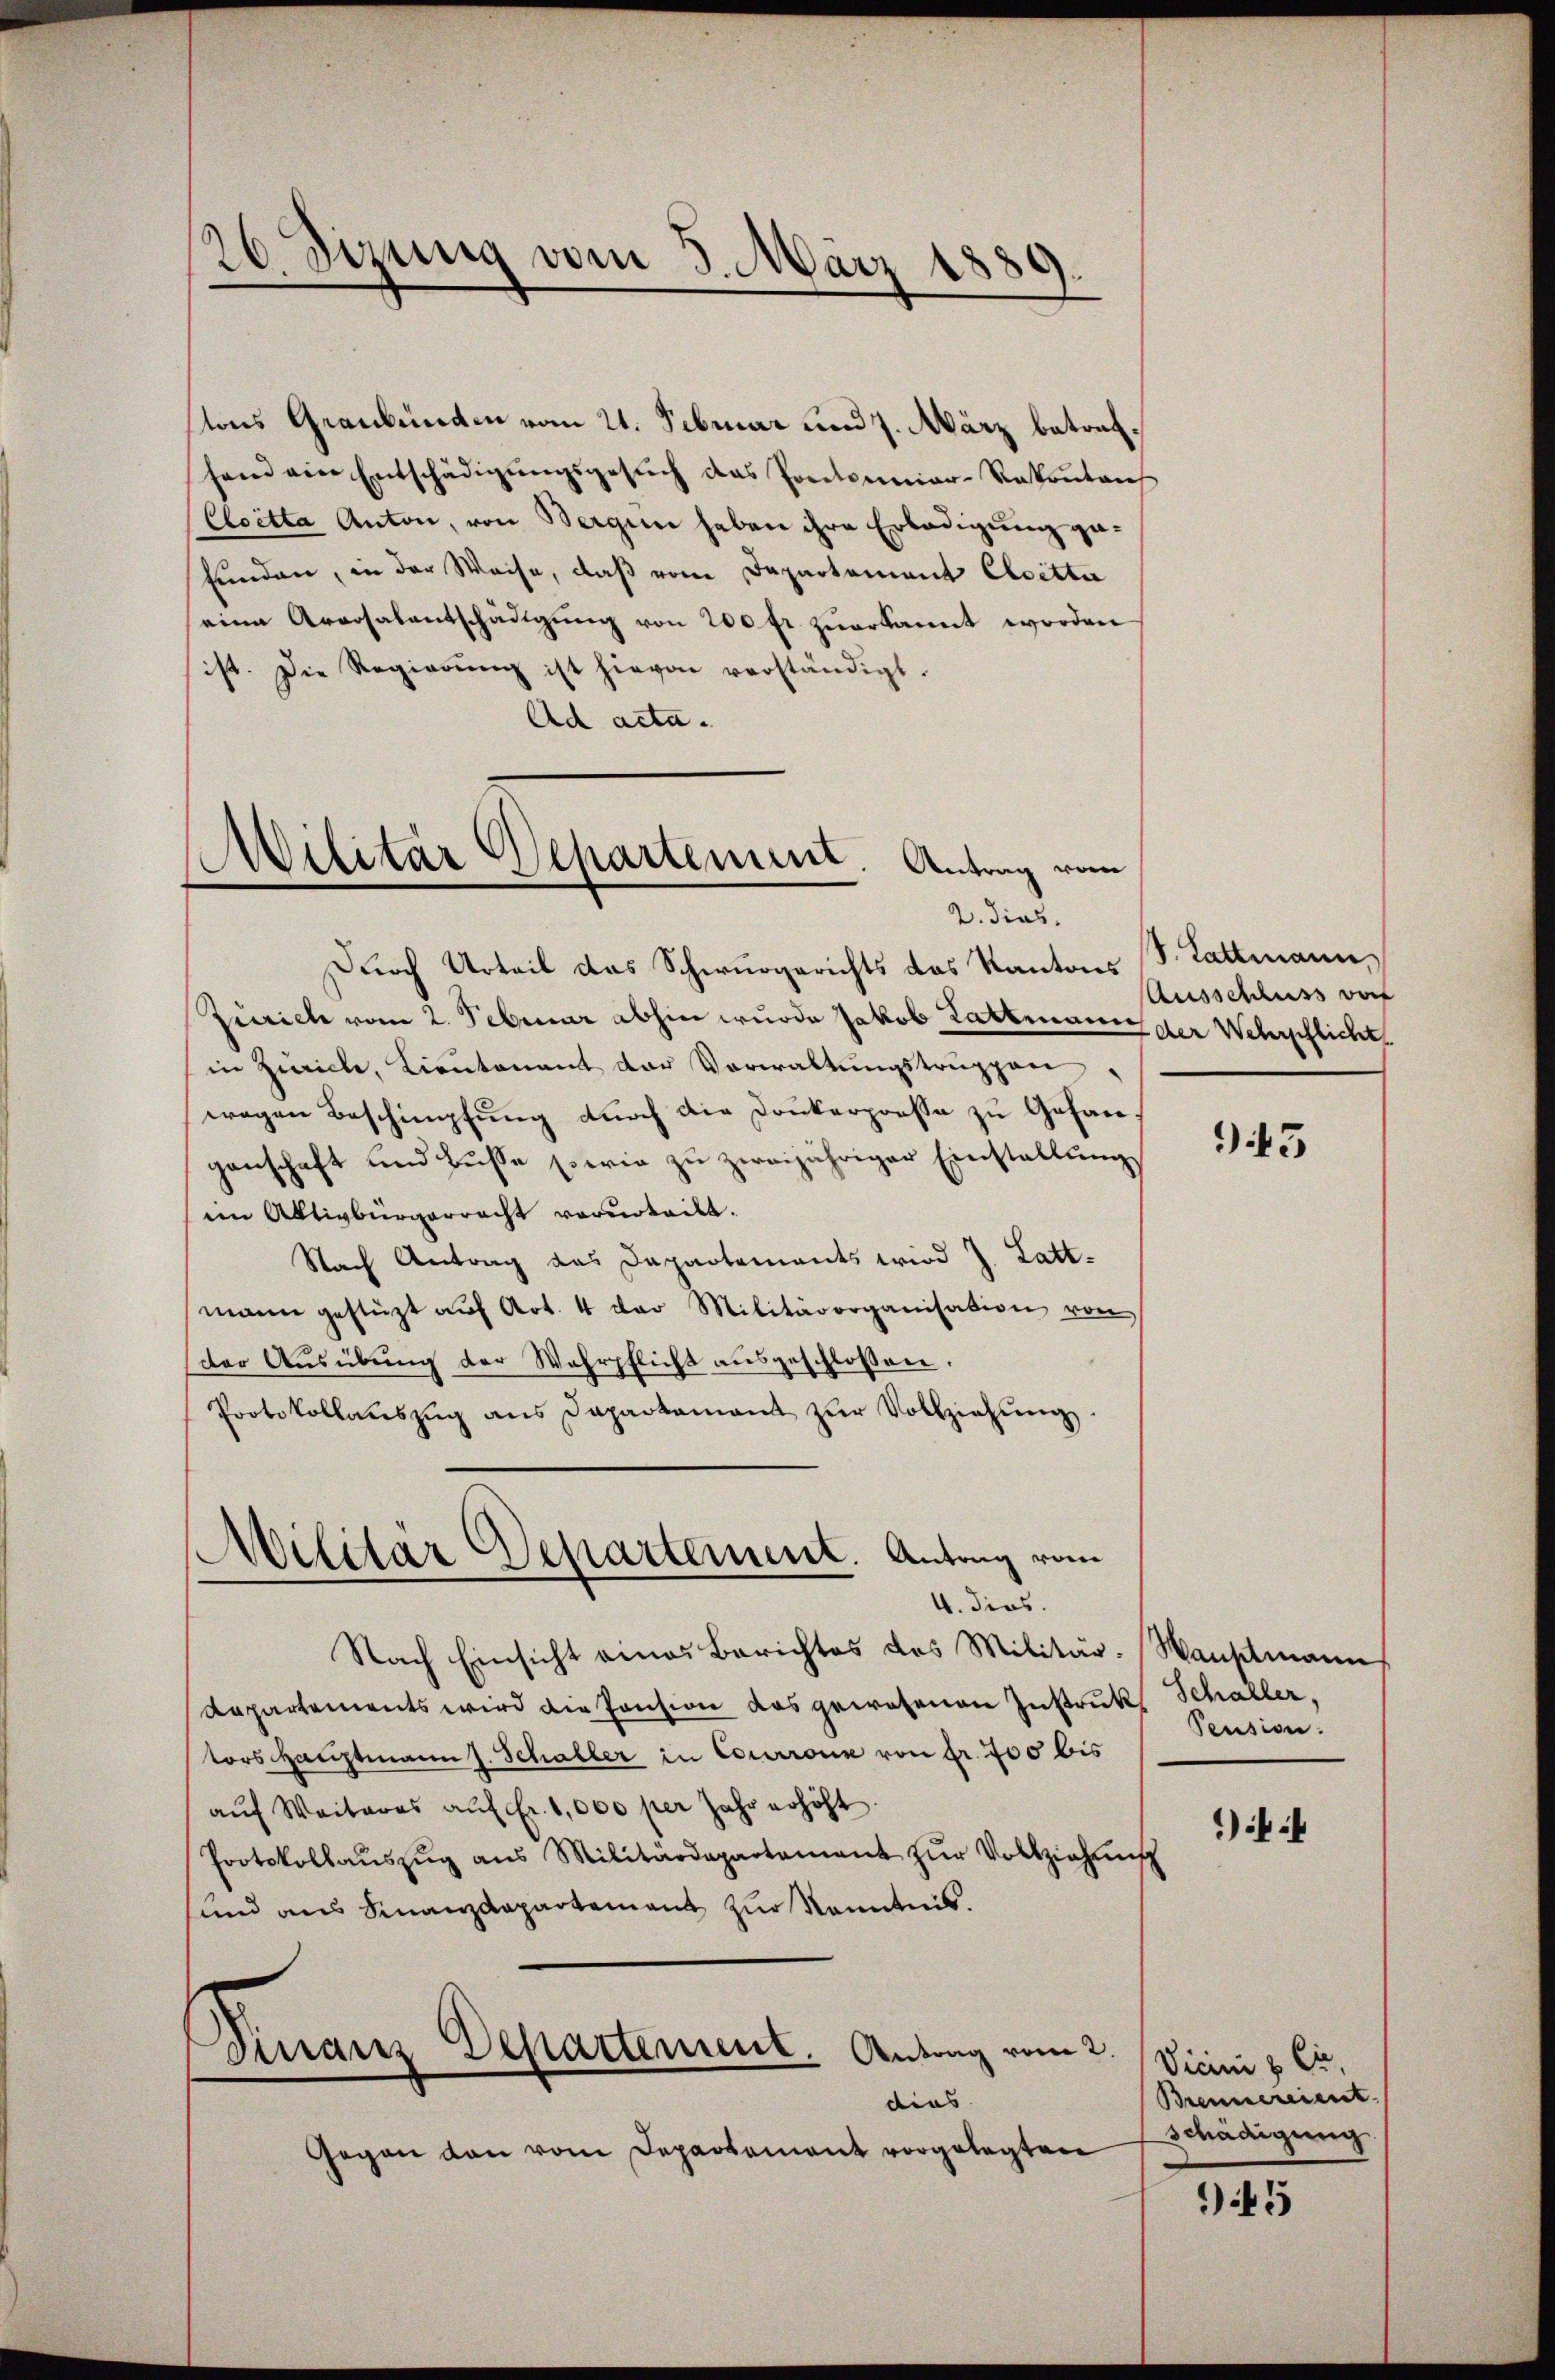
26 Sizung vom 3. März 1889.

tons Graubünden vom 21. Februar und 7. März betrefsend ein Entschädigŭngsgesŭch das Portoriar-Rekontans
Cloetta Anton, von Bergen haben ihre Erledigung gefunden, in der Weise, daß vom Departement Cloetta
seine Aversalentschädigŭng von 200 fr. zŭerkannt worden
ist. Die Regierŭng ist hievon verständigt.
Ad acta.
Militär Departement. Antrag vom

2. dies

Militär Departement. Antrag vom
4. dies.

Durch Urteil das Schwurgerichts das Kantons S. Lattmann,
Zürich vom 2. Februar abhin wurde Jakob Lattmann der Wehrpflicht
in Züricle, Lieutenant der Verwaltŭngstruppen
wegen Beschimpfung durch die Donkerpresse zu Gefangenschaft und Busse sowie zu zweijähriger Einstallung
im Aktivbürgerracht verurteilt.
Nach Antrag das Departements wird J. Latt.
mann gestüzt aŭf Art. 4 der Militärorganisation von
der Aŭsübŭng der Wehrpflicht aŭsgeschlossen.
Protokollaŭszŭg ans Departamant zŭr Vollziehŭng
Nach Einsicht eines Berichtes des Militär-Hauptmann
Repartements wird die Pension das gewesenen Instruk, Schaller,
tors Hauptmann s. Schaller in Courrone von fr. 700 bis
aŭf Weiteres aŭf Fr. 1,000 per Jahr erhöht.
Protokollaŭszŭg ans Militärdepartement zŭr Vollziehung
sund aus Finanzdepartement zur Kenntnis.
Finanz Departement. Antrag vom 2.
dies
Gegen den vom Departement vorgelegten

Ausschluss dorf

943

Pension.

)

Vicini & Cie,
Brennereient.
Schädigung.

945